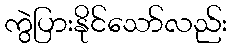
ကွဲပြားနိုင်သော်လည်း